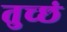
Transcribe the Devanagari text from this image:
तुच्छं